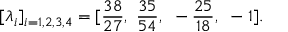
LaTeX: [ \lambda _ { i } ] _ { i = 1 , 2 , 3 , 4 } = [ { \frac { 3 8 } { 2 7 } } , ~ { \frac { 3 5 } { 5 4 } } , ~ - { \frac { 2 5 } { 1 8 } } , ~ - 1 ] .